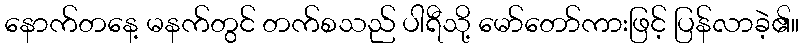
နောက်တနေ့ မနက်တွင် တက်စသည် ပါရီသို့ မော်တော်ကားဖြင့် ပြန်လာခဲ့၏။